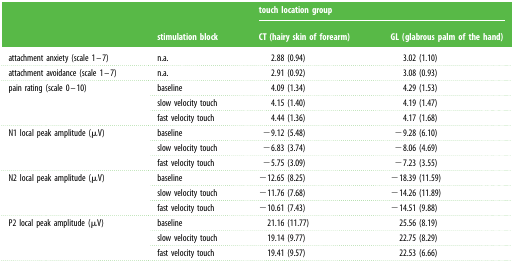
<table><thead><tr><td rowspan="2"></td><td rowspan="2"><b>stimulation block</b></td><td colspan="2"><b>touch location group</b></td></tr><tr><td><b>CT (hairy skin of forearm)</b></td><td><b>GL (glabrous palm of the hand)</b></td></tr></thead><tbody><tr><td>attachment anxiety (scale 1–7)</td><td>n.a.</td><td>2.88 (0.94)</td><td>3.02 (1.10)</td></tr><tr><td>attachment avoidance (scale 1–7)</td><td>n.a.</td><td>2.91 (0.92)</td><td>3.08 (0.93)</td></tr><tr><td rowspan="3">pain rating (scale 0–10)</td><td>baseline</td><td>4.09 (1.34)</td><td>4.29 (1.53)</td></tr><tr><td>slow velocity touch</td><td>4.15 (1.40)</td><td>4.19 (1.47)</td></tr><tr><td>fast velocity touch</td><td>4.44 (1.36)</td><td>4.17 (1.68)</td></tr><tr><td rowspan="3">N1 local peak amplitude (μV)</td><td>baseline</td><td>−9.12 (5.48)</td><td>−9.28 (6.10)</td></tr><tr><td>slow velocity touch</td><td>−6.83 (3.74)</td><td>−8.06 (4.69)</td></tr><tr><td>fast velocity touch</td><td>−5.75 (3.09)</td><td>−7.23 (3.55)</td></tr><tr><td rowspan="3">N2 local peak amplitude (μV)</td><td>baseline</td><td>−12.65 (8.25)</td><td>−18.39 (11.59)</td></tr><tr><td>slow velocity touch</td><td>−11.76 (7.68)</td><td>−14.26 (11.89)</td></tr><tr><td>fast velocity touch</td><td>−10.61 (7.43)</td><td>−14.51 (9.88)</td></tr><tr><td rowspan="3">P2 local peak amplitude (μV)</td><td>baseline</td><td>21.16 (11.77)</td><td>25.56 (8.19)</td></tr><tr><td>slow velocity touch</td><td>19.14 (9.77)</td><td>22.75 (8.29)</td></tr><tr><td>fast velocity touch</td><td>19.41 (9.57)</td><td>22.53 (6.66)</td></tr></tbody></table>